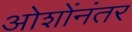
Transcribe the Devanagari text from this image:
ओशोंनंतर